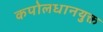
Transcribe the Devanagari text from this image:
कपोलधानयुक्त